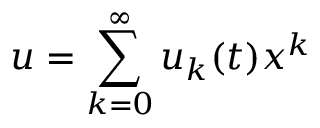
u = \sum _ { k = 0 } ^ { \infty } u _ { k } ( t ) x ^ { k }